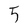
Character: 5